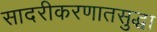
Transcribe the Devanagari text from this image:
सादरीकरणातसुद्धा